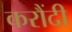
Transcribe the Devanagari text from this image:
करौंदी